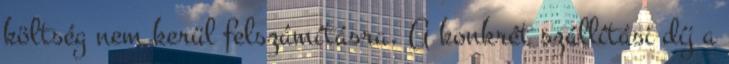
költség nem kerül felszámításra. A konkrét szállítási díj a